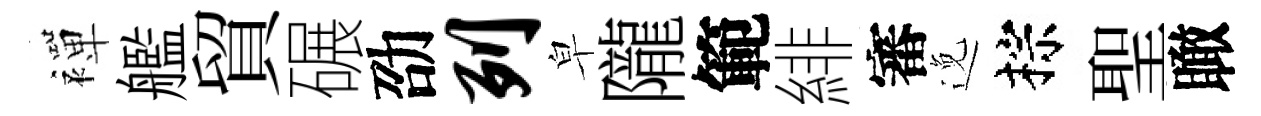
襌艦貿碾劭列皁隴範緋審𨓜棕聖瞰